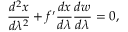
\frac { d ^ { 2 } x } { d \lambda ^ { 2 } } + f ^ { \prime } \frac { d x } { d \lambda } \frac { d w } { d \lambda } = 0 ,